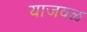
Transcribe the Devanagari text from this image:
याजवळ